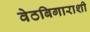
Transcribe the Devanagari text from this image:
वेठबिगाराशी